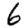
Digit: 6